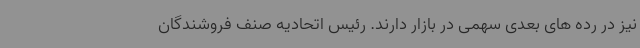
نیز در رده های بعدی سهمی در بازار دارند. رئیس اتحادیه صنف فروشندگان